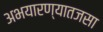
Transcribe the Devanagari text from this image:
अभयारण्यातजसा